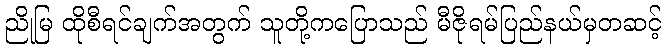
ညိုမြ ထိုစီရင်ချက်အတွက် သူတို့ကပြောသည် မီဇိုရမ်ပြည်နယ်မှတဆင့်